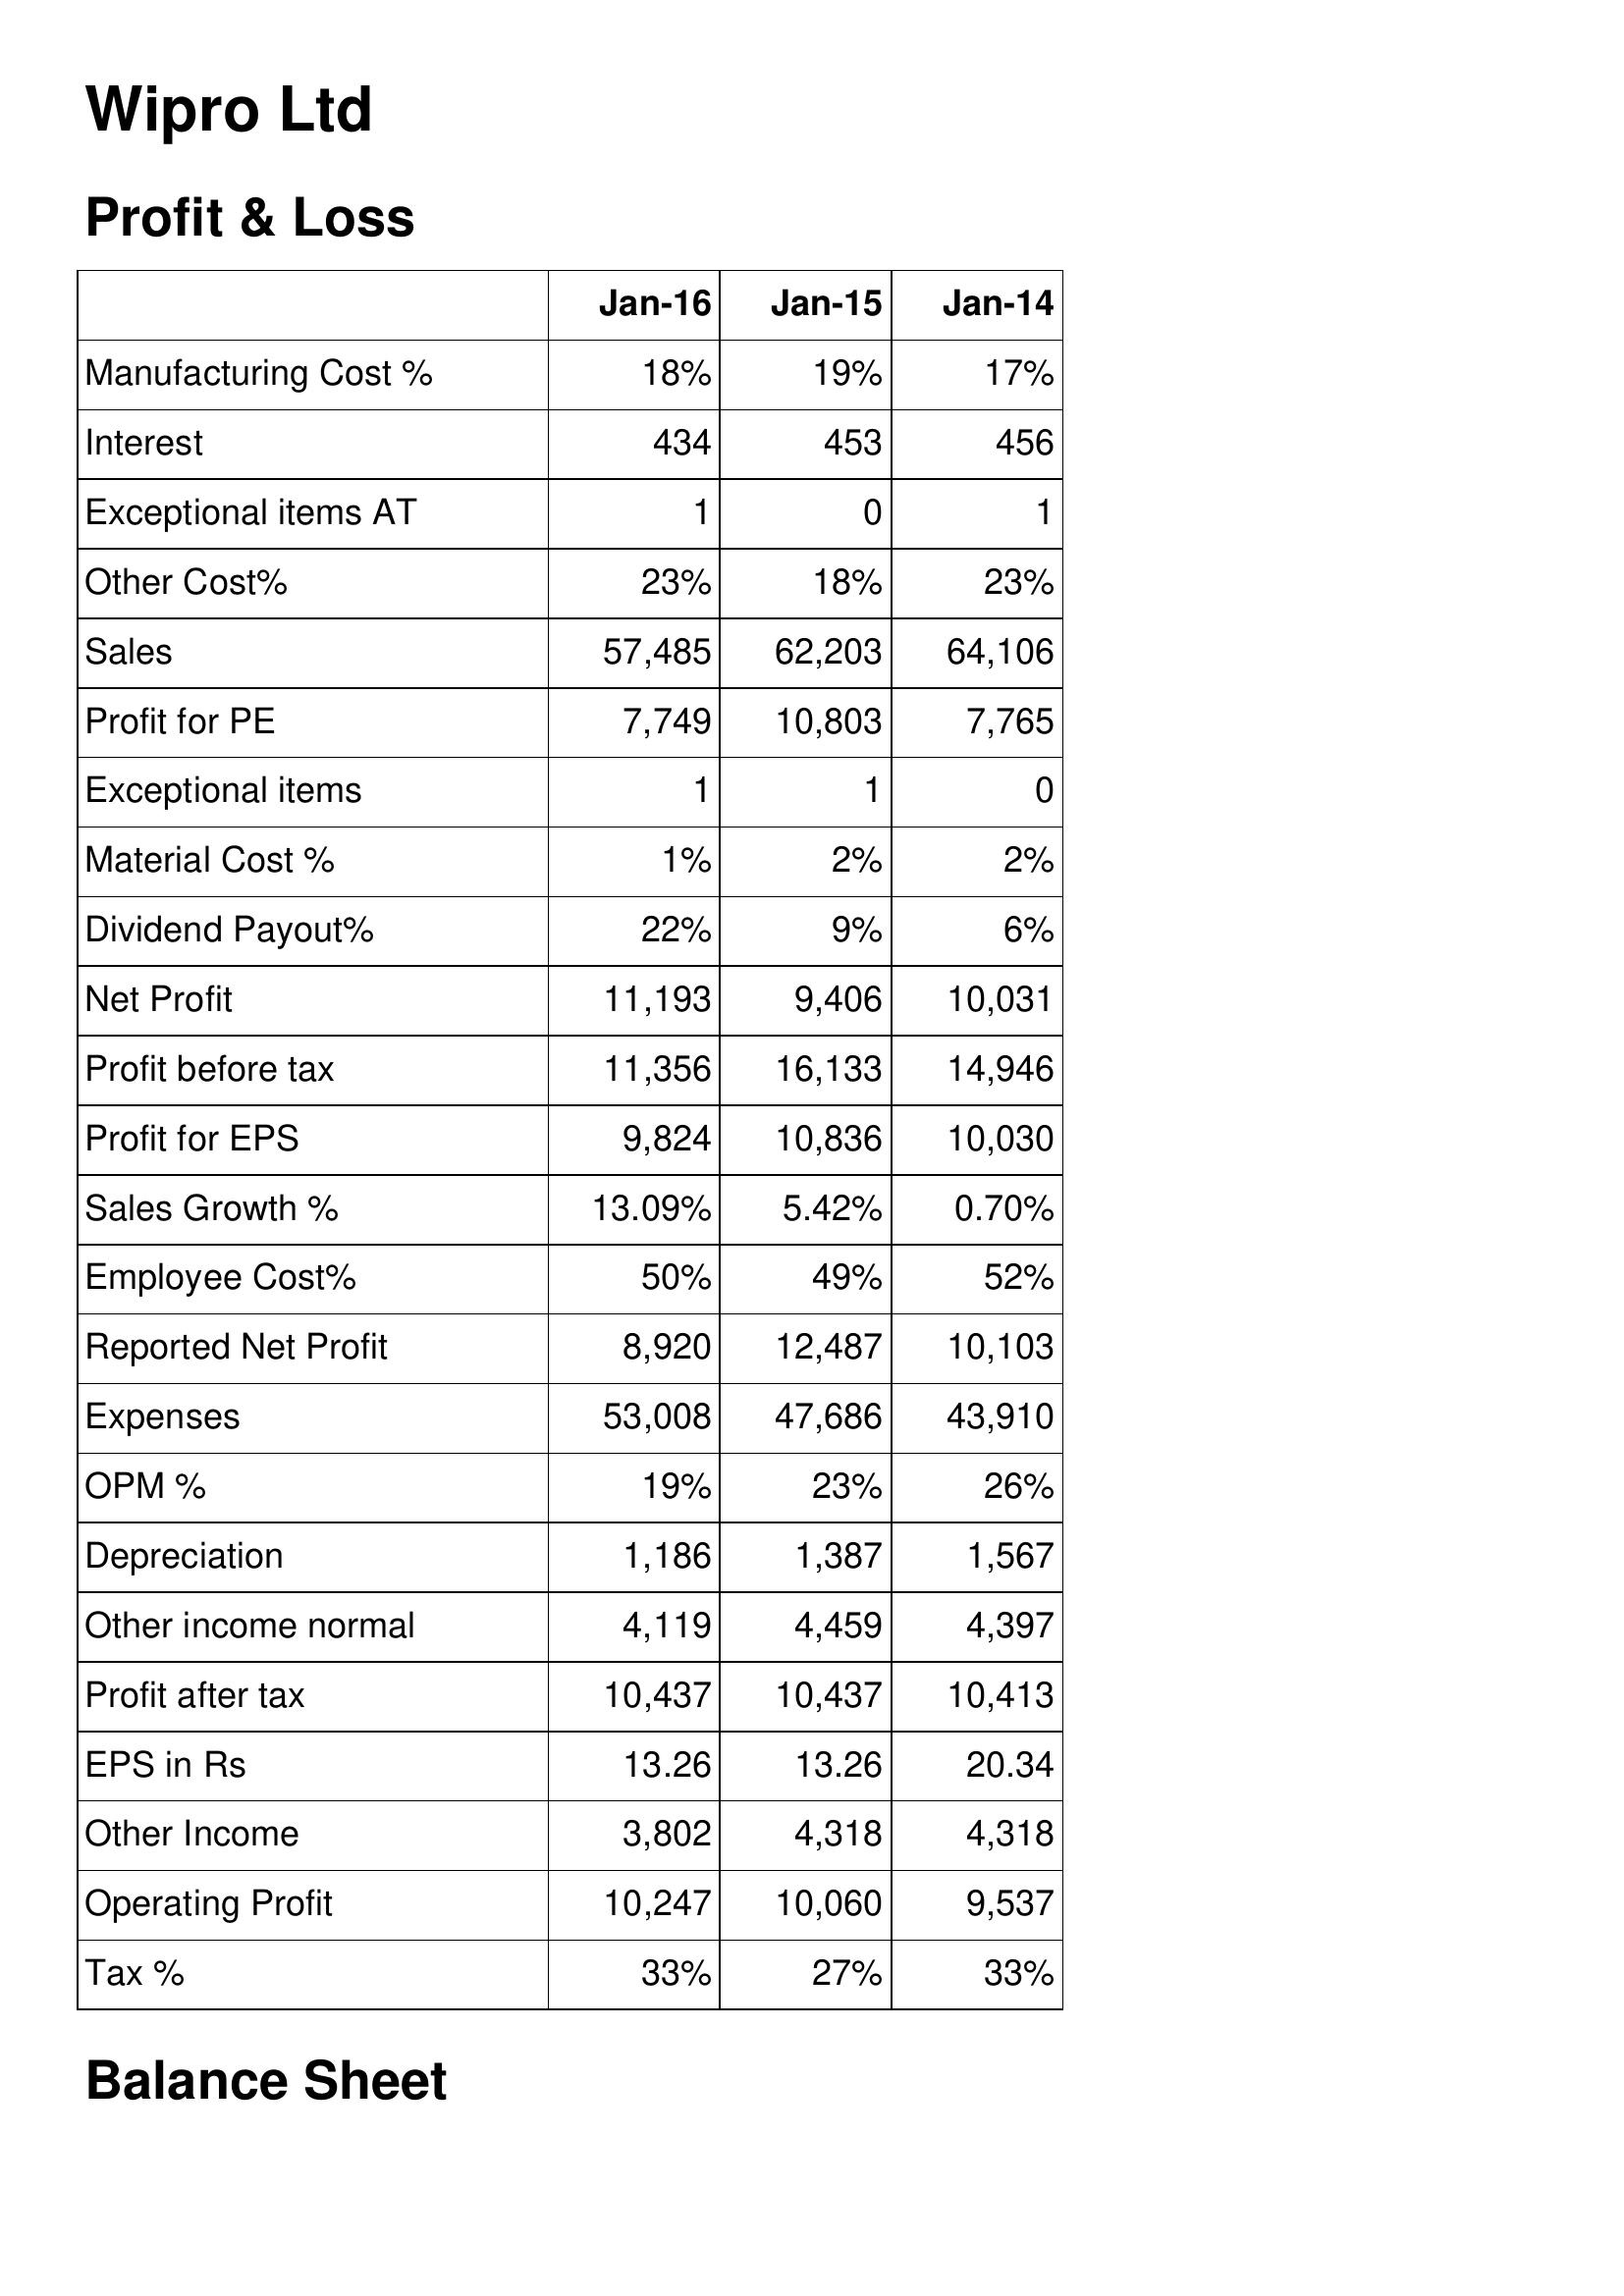
Jan-16: Profit & Loss: Manufacturing Cost %: 18%
Interest: 434
Exceptional items AT: 1
Other Cost%: 23%
Sales: 57,485
Profit for PE: 7,749
Exceptional items: 1
Material Cost %: 1%
Dividend Payout%: 22%
Net Profit: 11,193
Profit before tax: 11,356
Profit for EPS: 9,824
Sales Growth %: 13.09%
Employee Cost%: 50%
Reported Net Profit: 8,920
Expenses: 53,008
OPM %: 19%
Depreciation: 1,186
Other income normal: 4,119
Profit after tax: 10,437
EPS in Rs: 13.26
Other Income: 3,802
Operating Profit: 10,247
Tax %: 33%
Jan-15: Profit & Loss: Manufacturing Cost %: 19%
Interest: 453
Exceptional items AT: 0
Other Cost%: 18%
Sales: 62,203
Profit for PE: 10,803
Exceptional items: 1
Material Cost %: 2%
Dividend Payout%: 9%
Net Profit: 9,406
Profit before tax: 16,133
Profit for EPS: 10,836
Sales Growth %: 5.42%
Employee Cost%: 49%
Reported Net Profit: 12,487
Expenses: 47,686
OPM %: 23%
Depreciation: 1,387
Other income normal: 4,459
Profit after tax: 10,437
EPS in Rs: 13.26
Other Income: 4,318
Operating Profit: 10,060
Tax %: 27%
Jan-14: Profit & Loss: Manufacturing Cost %: 17%
Interest: 456
Exceptional items AT: 1
Other Cost%: 23%
Sales: 64,106
Profit for PE: 7,765
Exceptional items: 0
Material Cost %: 2%
Dividend Payout%: 6%
Net Profit: 10,031
Profit before tax: 14,946
Profit for EPS: 10,030
Sales Growth %: 0.70%
Employee Cost%: 52%
Reported Net Profit: 10,103
Expenses: 43,910
OPM %: 26%
Depreciation: 1,567
Other income normal: 4,397
Profit after tax: 10,413
EPS in Rs: 20.34
Other Income: 4,318
Operating Profit: 9,537
Tax %: 33%